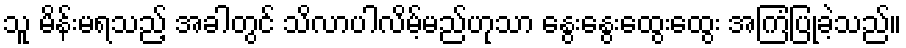
သူ မိန်းမရသည့် အခါတွင် သိလာပါလိမ့်မည်ဟုသာ နွေးနွေးထွေးထွေး အကြံပြုခဲ့သည်။